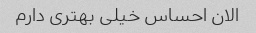
الان احساس خیلی بهتری دارم